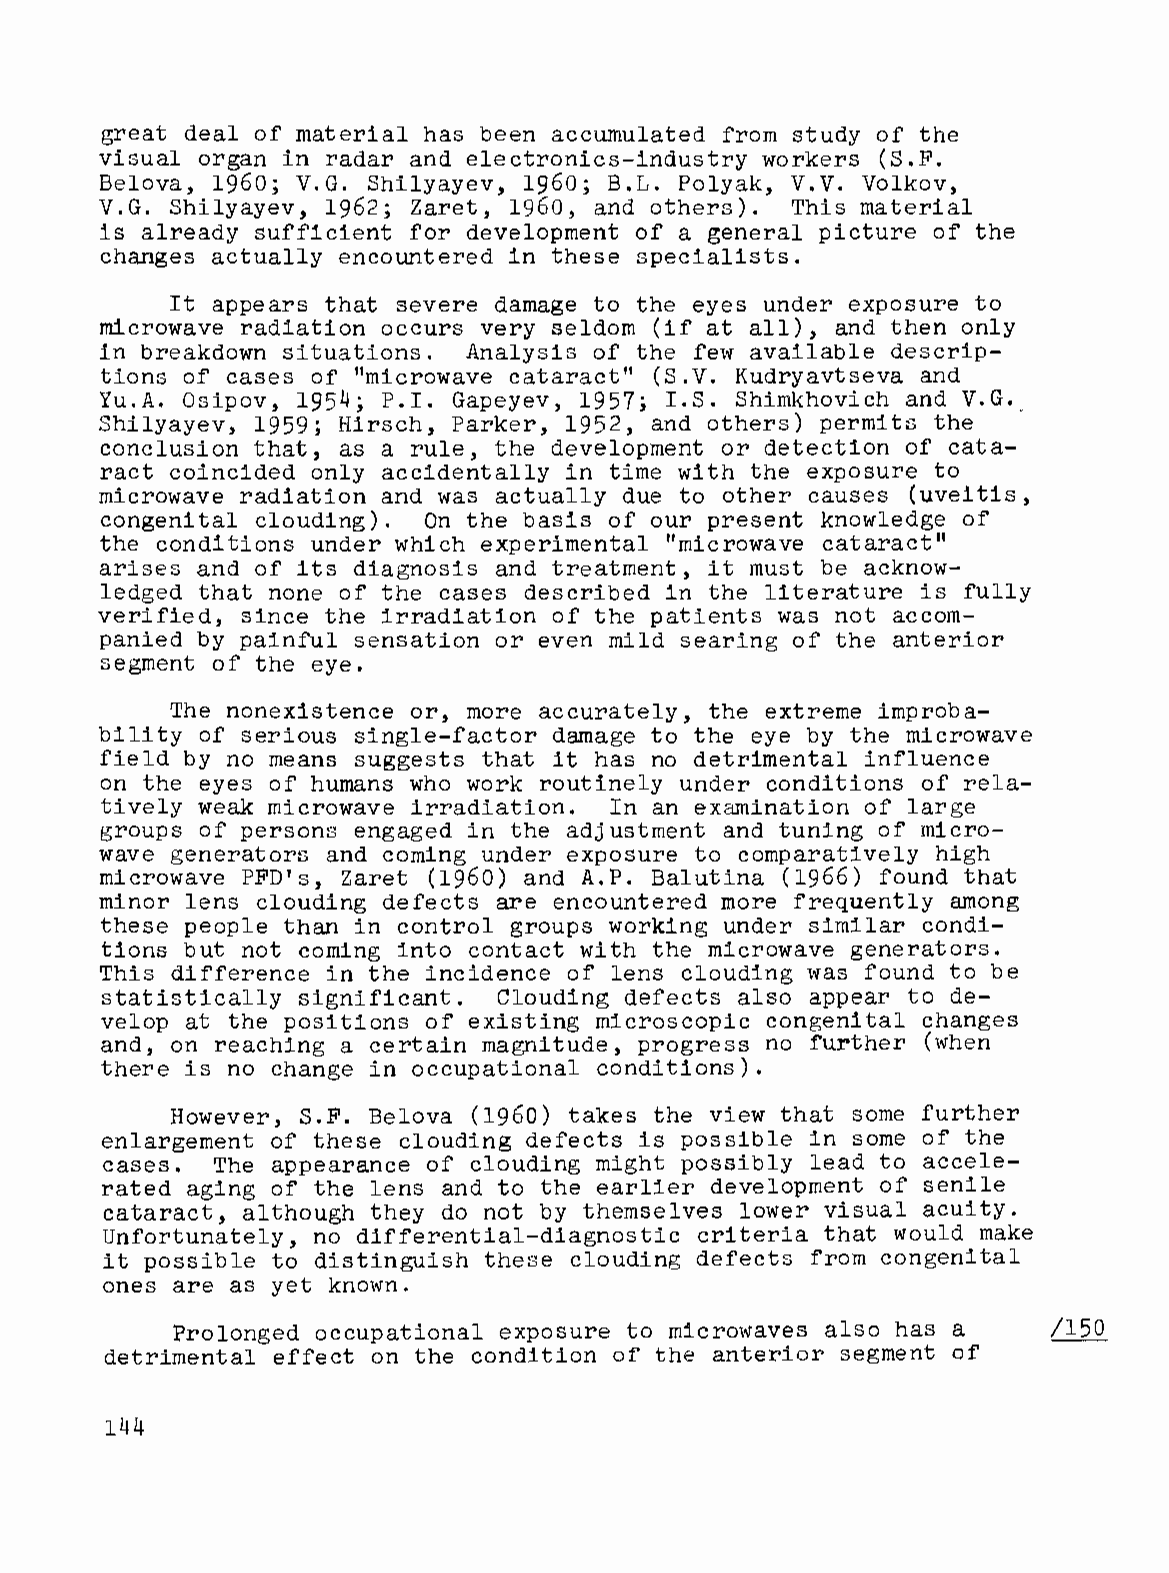
great deal of material has been accumulated from study of the
 visual organ in radar and electronics-industry workers (S.F.
 Belova, 1960; V.G. Shilyayev, 1960; B.L. Polyak, V.V. Volkov,
 V.G. Shilyayev, 1962; Zaret, 1960, and others). This material
 is already sufficient for development of a general picture of the
 changes actually encountered in these specialists.
 It appears that severe damage to the eyes under exposure to
 microwave radiation occurs very seldom (if at all), and then only
 in breakdown situations. Analysis of the few available descrip
 tions of cases of "microwave cataract" (S.V. Kudryavtseva and
 Yu.A. Osipov, 1954; P.I. Gapeyev, 1957; I.S. Shimkhovich and V.G.<
 Shilyayev, 1959; Hirsch, Parker, 1952, and others) permits the
 conclusion that, as a rule, the development or detection of cata
 ract coincided only accidentally in time with the exposure to
 microwave radiation and was actually due to other causes (uveitis,
 congenital clouding). On the basis of our present knowledge of
 the conditions under which experimental "microwave cataract"
 arises and of its diagnosis and treatment, it must be acknow
 ledged that none of the cases described in the literature is fully
 verified, since the irradiation of the patients was not accom
 panied by painful sensation or even mild searing of the anterior
 segment of the eye.
 The nonexistence or, more accurately, the extreme improba
 bility of serious single-factor damage to the eye by the microwave
 field by no means suggests that it has no detrimental influence
 on the eyes of humans who work routinely under conditions of rela
 tively weak microwave irradiation. In an examination of large
 groups of persons engaged in the adjustment and tuning of micro
 wave generators and coming under exposure to comparatively high
 microwave PFD's, Zaret (1960) and A.P. Balutina (1966) found that
 minor lens clouding defects are encountered more frequently among
 these people than in control groups working under similar condi
 tions but not coming into contact with the microwave generators.
 This difference in the incidence of lens clouding was found to be
 statistically significant. Clouding defects also appear to de
 velop at the positions of existing microscopic congenital changes
 and, on reaching a certain magnitude, progress no further (when
 there is no change in occupational conditions).
 However, S.F. Belova (1960) takes the view that some further
 enlargement of these clouding defects is possible in some of the
 cases. The appearance of clouding might possibly lead to accele
 rated aging of the lens and to the earlier development of senile
 cataract, although they do not by themselves lower visual acuity.
 Unfortunately, no differential-diagnostic criteria that would make
 it possible to distinguish these clouding defects from congenital
 ones are as yet known.
 Prolonged occupational exposure to microwaves also has a
 detrimental effect on the condition of the anterior segment of
 144